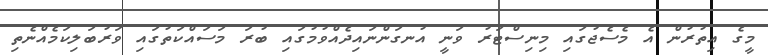
މީގެ އިތުރުން އެ މެސެޖުގައި މިނިސްޓަރު ވަނީ އުނގަންނައިދެއްވުމުގައި ބުރަ މަސައްކަތުގައި ވަރުބަލިކަމެއްނެތި